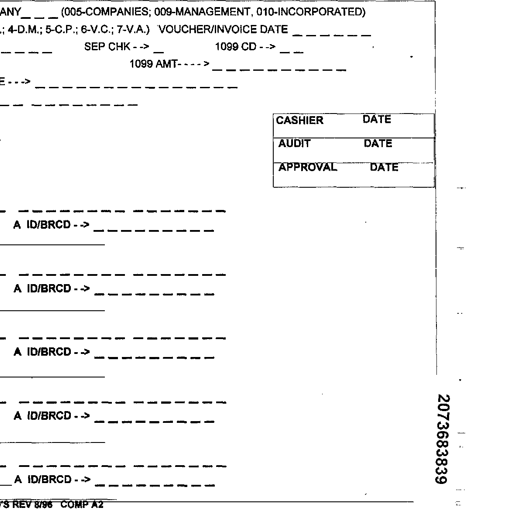
ANY _ _ _ (005-COMPANIES; 009-MANAGEMENT, 010-INCORPORATED)
; 4-D.M.; 5-C.P.; 6-V.C.; 7-V.A.) VOUCHER/INVOICE DATE _ _ _ _ _ _
_ _ _ _ _ _ SEP CHK - - > _ 1099 CD - - > _ _
1099 AMT - - - - > _ _ _ _ _ _ _ _ _ _ _
E - - > _ _ _ _ _ _ _ _ _ _ _ _ _ _ _ _ _ _ _ _ _ _ _ _ _ _ _ _ _ _
_ _ _ _ _ _ _ _ _ _ _ _ _ _ _ _ _ _ _ _ _ _ _ _ _ _ _ _
CASHIER DATE
AUDIT DATE
APPROVAL DATE
_ _ _ _ _ _ _ _ _ _ _ _ _ _ _ _ _ _ _ _ _ _ _ _ _ _ _ _
A ID/BRCD - - > _ _ _ _ _ _ _ _ _ _ _ _ _ _ _ _ _ _ _ _
_ _ _ _ _ _ _ _ _ _ _ _ _ _ _ _ _ _ _ _ _ _ _ _ _ _ _ _
A ID/BRCD - - > _ _ _ _ _ _ _ _ _ _ _ _ _ _ _ _ _ _ _ _
_ _ _ _ _ _ _ _ _ _ _ _ _ _ _ _ _ _ _ _ _ _ _ _ _ _ _ _
A ID/BRCD - - > _ _ _ _ _ _ _ _ _ _ _ _ _ _ _ _ _ _ _ _
_ _ _ _ _ _ _ _ _ _ _ _ _ _ _ _ _ _ _ _ _ _ _ _ _ _ _ _
A ID/BRCD - - > _ _ _ _ _ _ _ _ _ _ _ _ _ _ _ _ _ _ _ _
_ _ _ _ _ _ _ _ _ _ _ _ _ _ _ _ _ _ _ _ _ _ _ _ _ _ _ _
A ID/BRCD - - > _ _ _ _ _ _ _ _ _ _ _ _ _ _ _ _ _ _ _ _
'S REV 8/96 COMP A2
2073683839